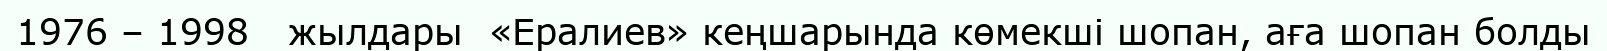
1976 – 1998   жылдары  «Ералиев» кеңшарында көмекші шопан, аға шопан болды